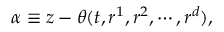
\alpha \equiv z - \theta ( t , r ^ { 1 } , r ^ { 2 } , \cdots , r ^ { d } ) ,